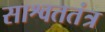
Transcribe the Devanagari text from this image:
साश्वततंत्र